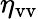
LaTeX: \eta_{\mathrm{vv}}